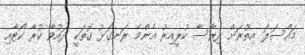
މައްސަލަ އިތުރަށް ދިރާސާ ކުރީއިރު އެންމެ ރަނގަޅު ގޮތަކީ ދައުވާ ކުރާ ކޯޓާއި